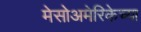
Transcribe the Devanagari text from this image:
मेसोअमेरिकेच्या